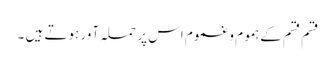
قسم قسم کےہموم وغموم اس پر حملہ آور ہوتے ہیں ۔